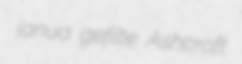
janua gefilte Ashcroft